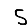
Digit: 5